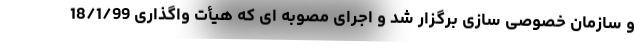
و سازمان خصوصی سازی برگزار شد و اجرای مصوبه ای که هیأت واگذاری 18/1/99